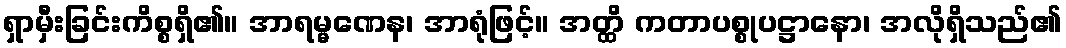
ရှာမှီးခြင်းကိစ္စရှိ၏။ အာရမ္မဏေန၊ အာရုံဖြင့်။ အတ္ထိ ကတာပစ္စုပဋ္ဌာနော၊ အလိုရှိသည်၏